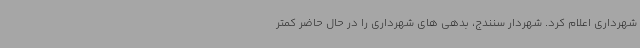
شهرداری اعلام کرد. شهردار سنندج، بدهی های شهرداری را در حال حاضر کمتر